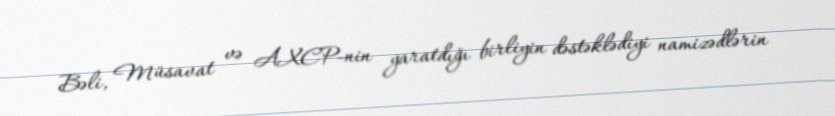
Bəli, Müsavat və AXCP-nin yaratdığı birliyin dəstəklədiyi namizədlərin